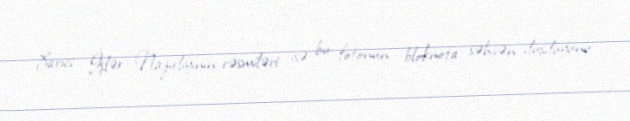
Xarici İşlər Nazirliyinin rəsmiləri isə bu fotonun bloknota səhvən düşdüyünü